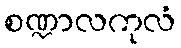
စဏ္ဍာလကုလံ